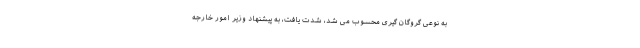
به نوعی گروگان گیری محسوب می شد، شدت یافت، به پیشنهاد وزیر امور خارجه